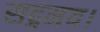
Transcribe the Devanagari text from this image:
सद्गमय।